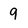
Character: 9